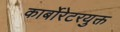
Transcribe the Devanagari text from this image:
कार्बोरेटरयुक्त